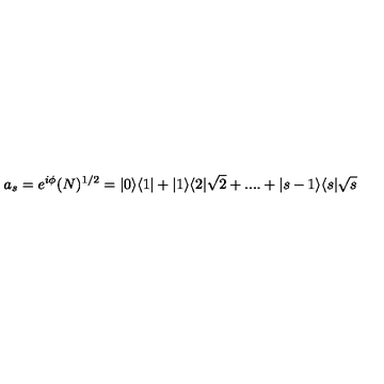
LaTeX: a _ { s } = e ^ { i \phi } ( N ) ^ { 1 / 2 } = | 0 \rangle \langle 1 | + | 1 \rangle \langle 2 | \sqrt { 2 } + . . . . + | s - 1 \rangle \langle s | \sqrt { s }